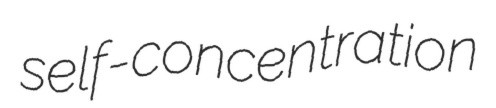
self-concentration